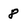
Character: 8